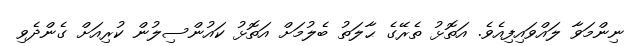
ނިންމަވާ ލައްވައިފިއެވެ. އަތޮޅު ތެރޭގެ ޙާލަތު ބެލުމަށް އަތޮޅު ކައުންސިލުން ކުރިއަށް ގެންދެވި